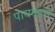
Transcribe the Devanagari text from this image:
पायकान